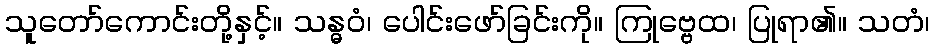
သူတော်ကောင်းတို့နှင့်။ သန္ဓဝံ၊ ပေါင်းဖော်ခြင်းကို။ ကြုဗ္ဗေထ၊ ပြုရာ၏။ သတံ၊